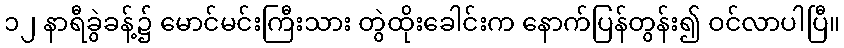
၁၂ နာရီခွဲခန့်၌ မောင်မင်းကြီးသား တွဲထိုးခေါင်းက နောက်ပြန်တွန်း၍ ဝင်လာပါပြီ။